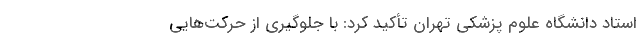
استاد دانشگاه علوم پزشکی تهران تأکید کرد: با جلوگیری از حرکت‌هایی